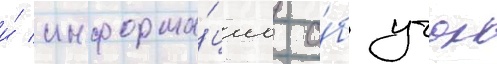
и́ информа́циа о́б учок